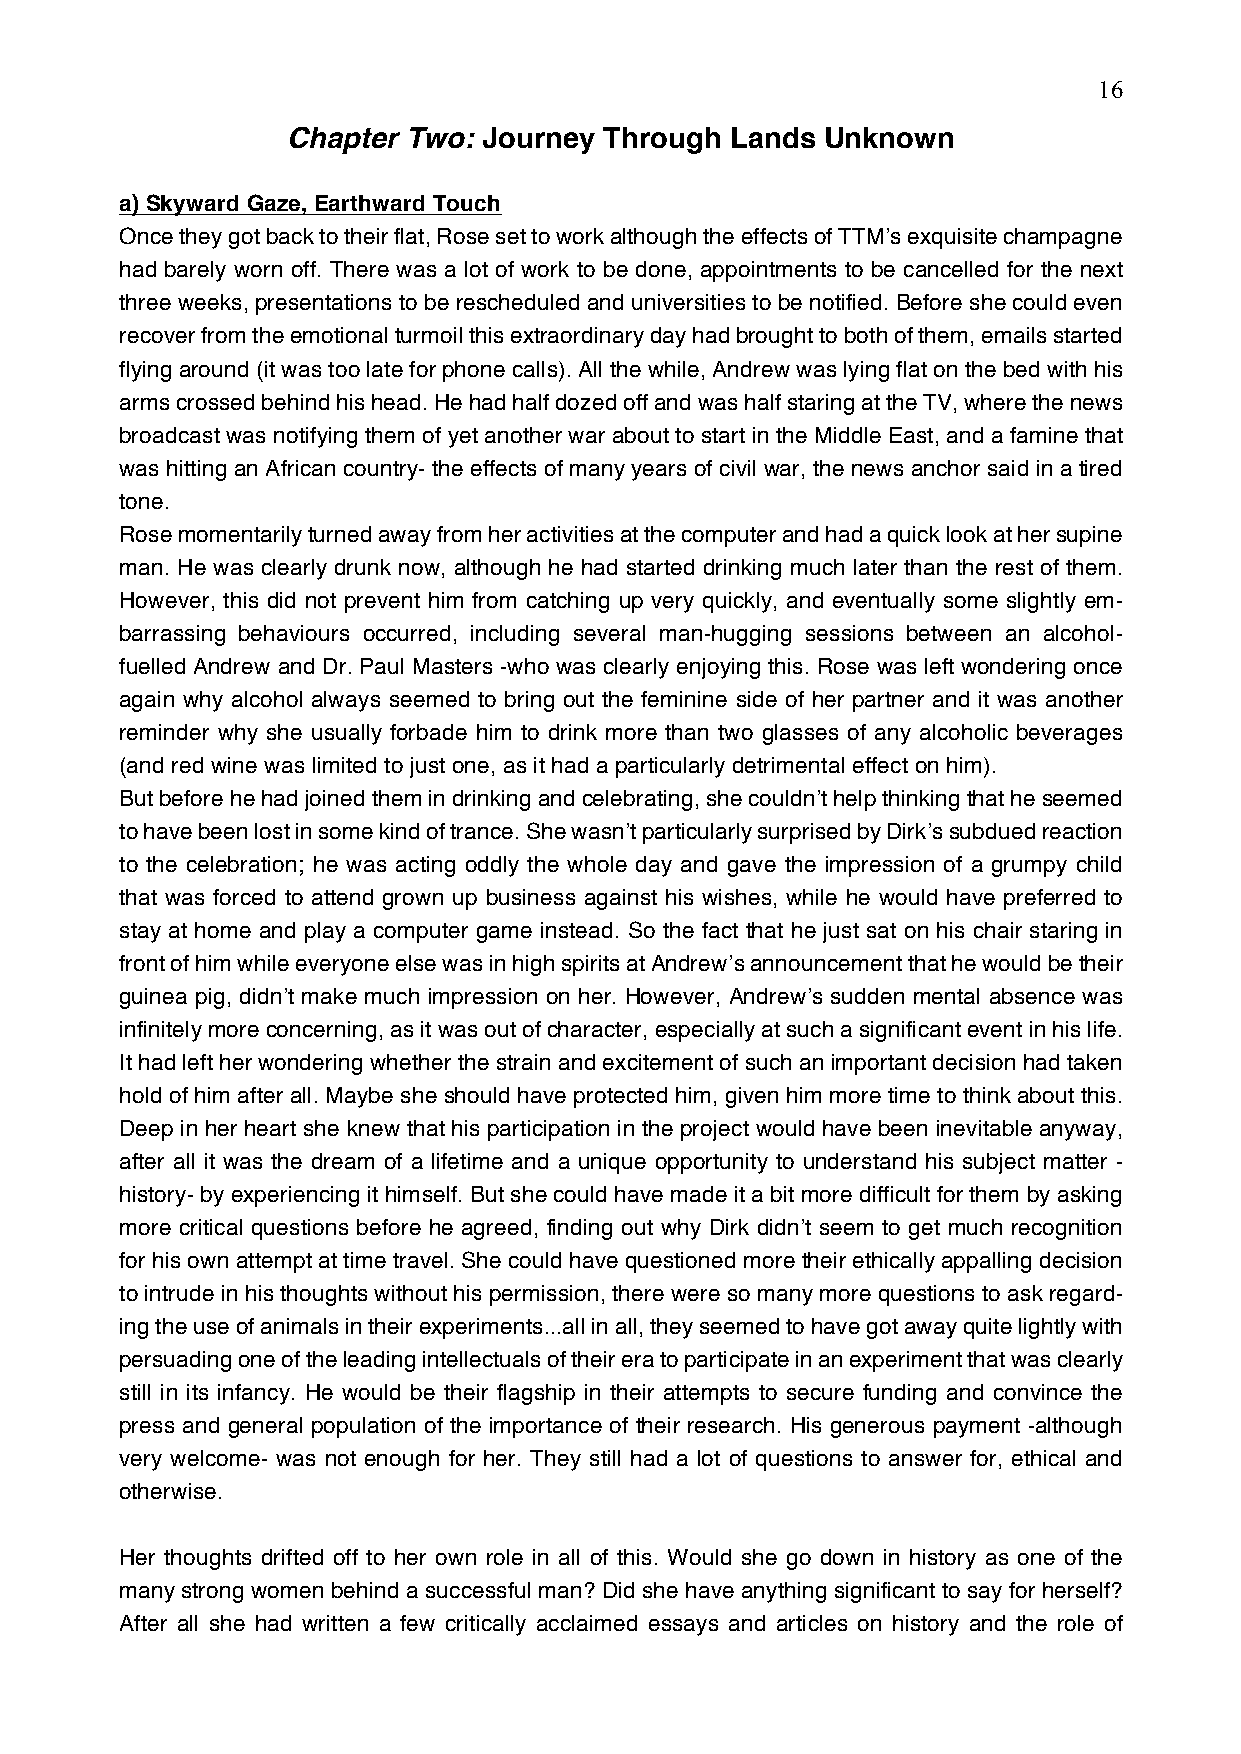
16
 Chapter Two: Journey Through Lands  Unknown
 a) Skyward Gaze, Earthward Touch
 Once they got back to their flat, Rose set to work although the effects of TTM’s exquisite champagne
 had barely worn off. There was a lot of work to be done, appointments to be cancelled for the next
 three weeks, presentations to be rescheduled and universities to be notified. Before she could even
 recover from the emotional turmoil this extraordinary day had brought to both of them, emails started
 flying around (it was too late for phone calls). All the while, Andrew was lying flat on the bed with his
 arms crossed behind his head. He had half dozed off and was half staring at the TV, where the news
 broadcast was notifying them of yet another war about to start in the Middle East, and a famine that
 was hitting an African country- the effects of many years of civil war, the news anchor said in a tired
 tone.
 Rose momentarily turned away from her activities at the computer and had a quick look at her supine
 man. He was clearly drunk now, although he had started drinking much later than the rest of them.
 However, this did not prevent him from catching up very quickly, and eventually some slightly em-
 barrassing behaviours occurred, including several man-hugging sessions between an alcohol-
 fuelled Andrew and Dr. Paul Masters -who was clearly enjoying this. Rose was left wondering once
 again why alcohol always seemed to bring out the feminine side of her partner and it was another
 reminder why she usually forbade him to drink more than two glasses of any alcoholic beverages
 (and red wine was limited to just one, as it had a particularly detrimental effect on him).
 But before he had joined them in drinking and celebrating, she couldn’t help thinking that he seemed
 to have been lost in some kind of trance. She wasn’t particularly surprised by Dirk’s subdued reaction
 to the celebration; he was acting oddly the whole day and gave the impression of a grumpy child
 that was forced to attend grown up business against his wishes, while he would have preferred to
 stay at home and play a computer game instead. So the fact that he just sat on his chair staring in
 front of him while everyone else was in high spirits at Andrew’s announcement that he would be their
 guinea pig, didn’t make much impression on her. However, Andrew’s sudden mental absence was
 infinitely more concerning, as it was out of character, especially at such a significant event in his life.
 It had left her wondering whether the strain and excitement of such an important decision had taken
 hold of him after all. Maybe she should have protected him, given him more time to think about this.
 Deep in her heart she knew that his participation in the project would have been inevitable anyway,
 after all it was the dream of a lifetime and a unique opportunity to understand his subject matter -
 history- by experiencing it himself. But she could have made it a bit more difficult for them by asking
 more critical questions before he agreed, finding out why Dirk didn’t seem to get much recognition
 for his own attempt at time travel. She could have questioned more their ethically appalling decision
 to intrude in his thoughts without his permission, there were so many more questions to ask regard-
 ing the use of animals in their experiments...all in all, they seemed to have got away quite lightly with
 persuading one of the leading intellectuals of their era to participate in an experiment that was clearly
 still in its infancy. He would be their flagship in their attempts to secure funding and convince the
 press and general population of the importance of their research. His generous payment -although
 very welcome- was not enough for her. They still had a lot of questions to answer for, ethical and
 otherwise.
 Her thoughts drifted off to her own role in all of this. Would she go down in history as one of the
 many strong women behind a successful man? Did she have anything significant to say for herself?
 After all she had written a few critically acclaimed essays and articles on history and the role of